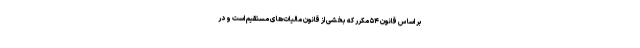
بر اساس قانون ۵۴ مکرر که بخشی از قانون مالیات‌های مستقیم است و در